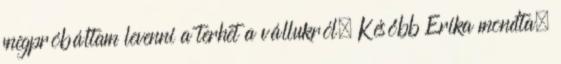
megpróbáltam levenni a terhet a vállukról. Később Erika mondta,